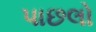
પાછલો